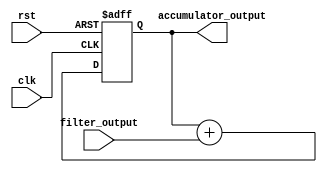
module accumulator(
    input wire clk,
    input wire rst,
    input wire signed [15:0] filter_output,
    output reg signed [31:0] accumulator_output
);

reg signed [31:0] accumulator_reg;

always @(posedge clk or posedge rst) begin
    if (rst) begin
        accumulator_reg <= 0;
    end else begin
        accumulator_reg <= accumulator_reg + filter_output;
    end
end

assign accumulator_output = accumulator_reg;

endmodule